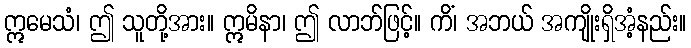
ဣမေသံ၊ ဤ သူတို့အား။ ဣမိနာ၊ ဤ လာဘ်ဖြင့်။ ကိံ၊ အဘယ် အကျိုးရှိအံ့နည်း။